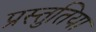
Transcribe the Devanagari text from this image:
प्रस्तुतिया